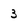
Character: 3